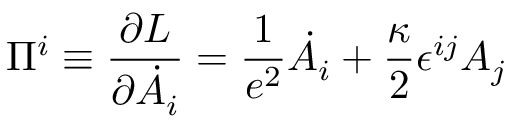
\Pi ^ { i } \equiv { \frac { \partial { \cal L } } { \partial \dot { A _ { i } } } } = \frac { 1 } { e ^ { 2 } } \dot { A } _ { i } + \frac { \kappa } { 2 } \epsilon ^ { i j } A _ { j }